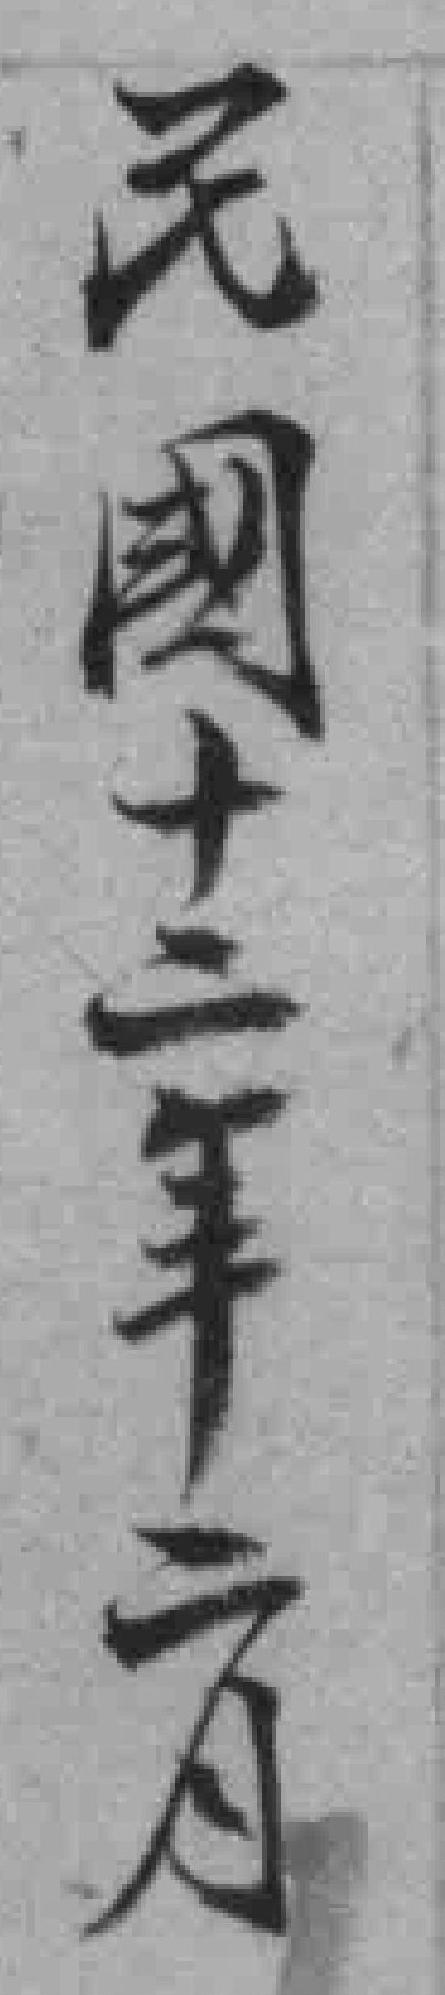
民國十二年二月